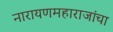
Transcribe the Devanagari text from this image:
नारायणमहाराजांचा